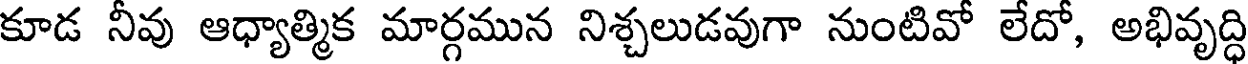
కూడ నీవు ఆధ్యాత్మిక మార్గమున నిశ్చలుడవుగా నుంటివో లేదో, అభివృద్ధి